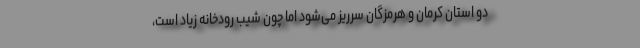
دو استان کرمان و هرمزگان سرریز می‌شود اما چون شیب رودخانه زیاد است،